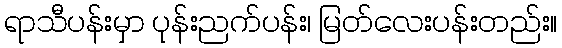
ရာသီပန်းမှာ ပုန်းညက်ပန်း၊ မြတ်လေးပန်းတည်း။